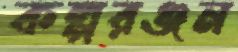
কল্পরঞ্জন